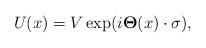
LaTeX: \begin{align*}U(x) = V \exp(i{\bf \Theta}(x)\cdot {\bf\sigma}),\end{align*}